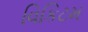
વિકિટમ